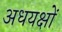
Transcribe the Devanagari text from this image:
अधयक्षों